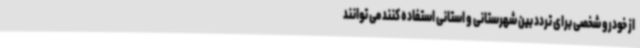
از خودرو شخصی برای تردد بین شهرستانی و استانی استفاده کنند می توانند